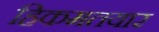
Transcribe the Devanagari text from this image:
हिकमतयार